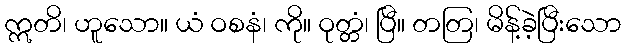
ဣတိ၊ ဟူသော။ ယံ ဝစနံ၊ ကို။ ဝုတ္တံ၊ ပြီ။ တတြ၊ မိန့်ခဲ့ပြီးသော